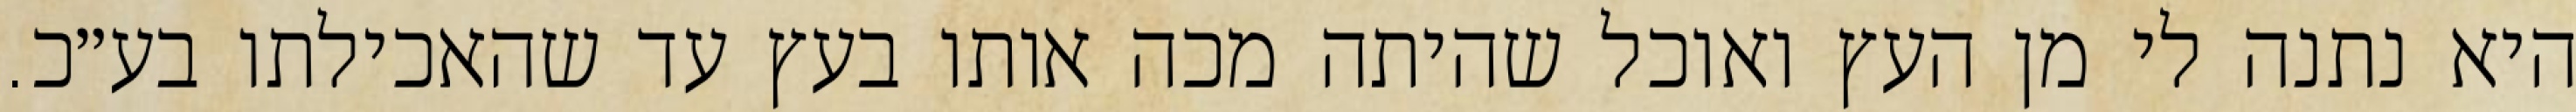
היא נתנה לי מן העץ ואוכל שהיתה מכה אותו בעץ עד שהאכילתו בע״כ.